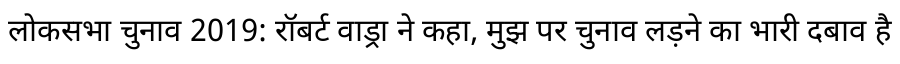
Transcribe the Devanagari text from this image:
लोकसभा चुनाव 2019: रॉबर्ट वाड्रा ने कहा, मुझ पर चुनाव लड़ने का भारी दबाव है